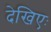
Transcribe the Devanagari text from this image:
देखिएः